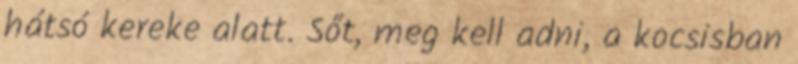
hátsó kereke alatt. Sőt, meg kell adni, a kocsisban